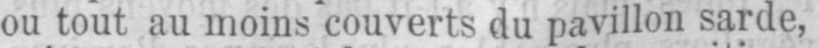
ou tout au moins couverts du pavillon sarde,